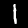
Digit: 1